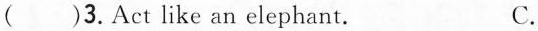
( )3.Act like an elephant. C.